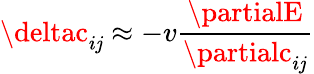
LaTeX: \deltac_{i\mathit{j}}\approx-v\frac{{\partialE}}{{\partialc_{i\mathit{j}}}}